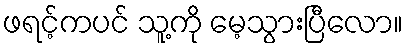
ဖရင့်ကပင် သူ့ကို မေ့သွားပြီလော။